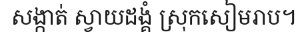
សង្កាត់ ស្វាយដង្គំ ស្រុកសៀមរាប។